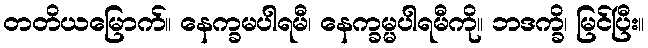
တတိယမြောက်။ နေက္ခမပါရမီ၊ နေက္ခမ္မပါရမီကို။ ဘဒက္ခိ၊ မြင်ပြီး။